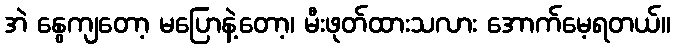
အဲ နွေကျတော့ မပြောနဲ့တော့၊ မီးဖုတ်ထားသလား အောက်မေ့ရတယ်။